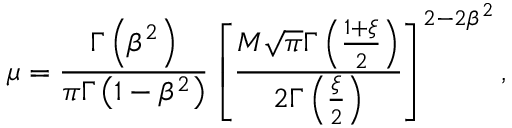
\mu = \frac { \Gamma \left( \beta ^ { 2 } \right) } { \pi \Gamma \left( 1 - \beta ^ { 2 } \right) } \left[ \frac { M \sqrt { \pi } \Gamma \left( \frac { 1 + \xi } { 2 } \right) } { 2 \Gamma \left( \frac { \xi } { 2 } \right) } \right] ^ { 2 - 2 \beta ^ { 2 } } ,